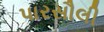
પારસૌલી